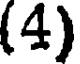
(4)